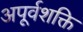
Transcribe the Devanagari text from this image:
अपूर्वशक्ति